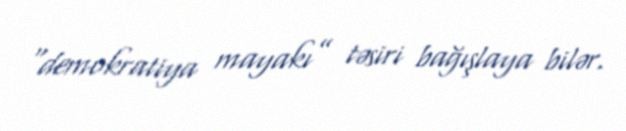
“demokratiya mayakı” təsiri bağışlaya bilər.